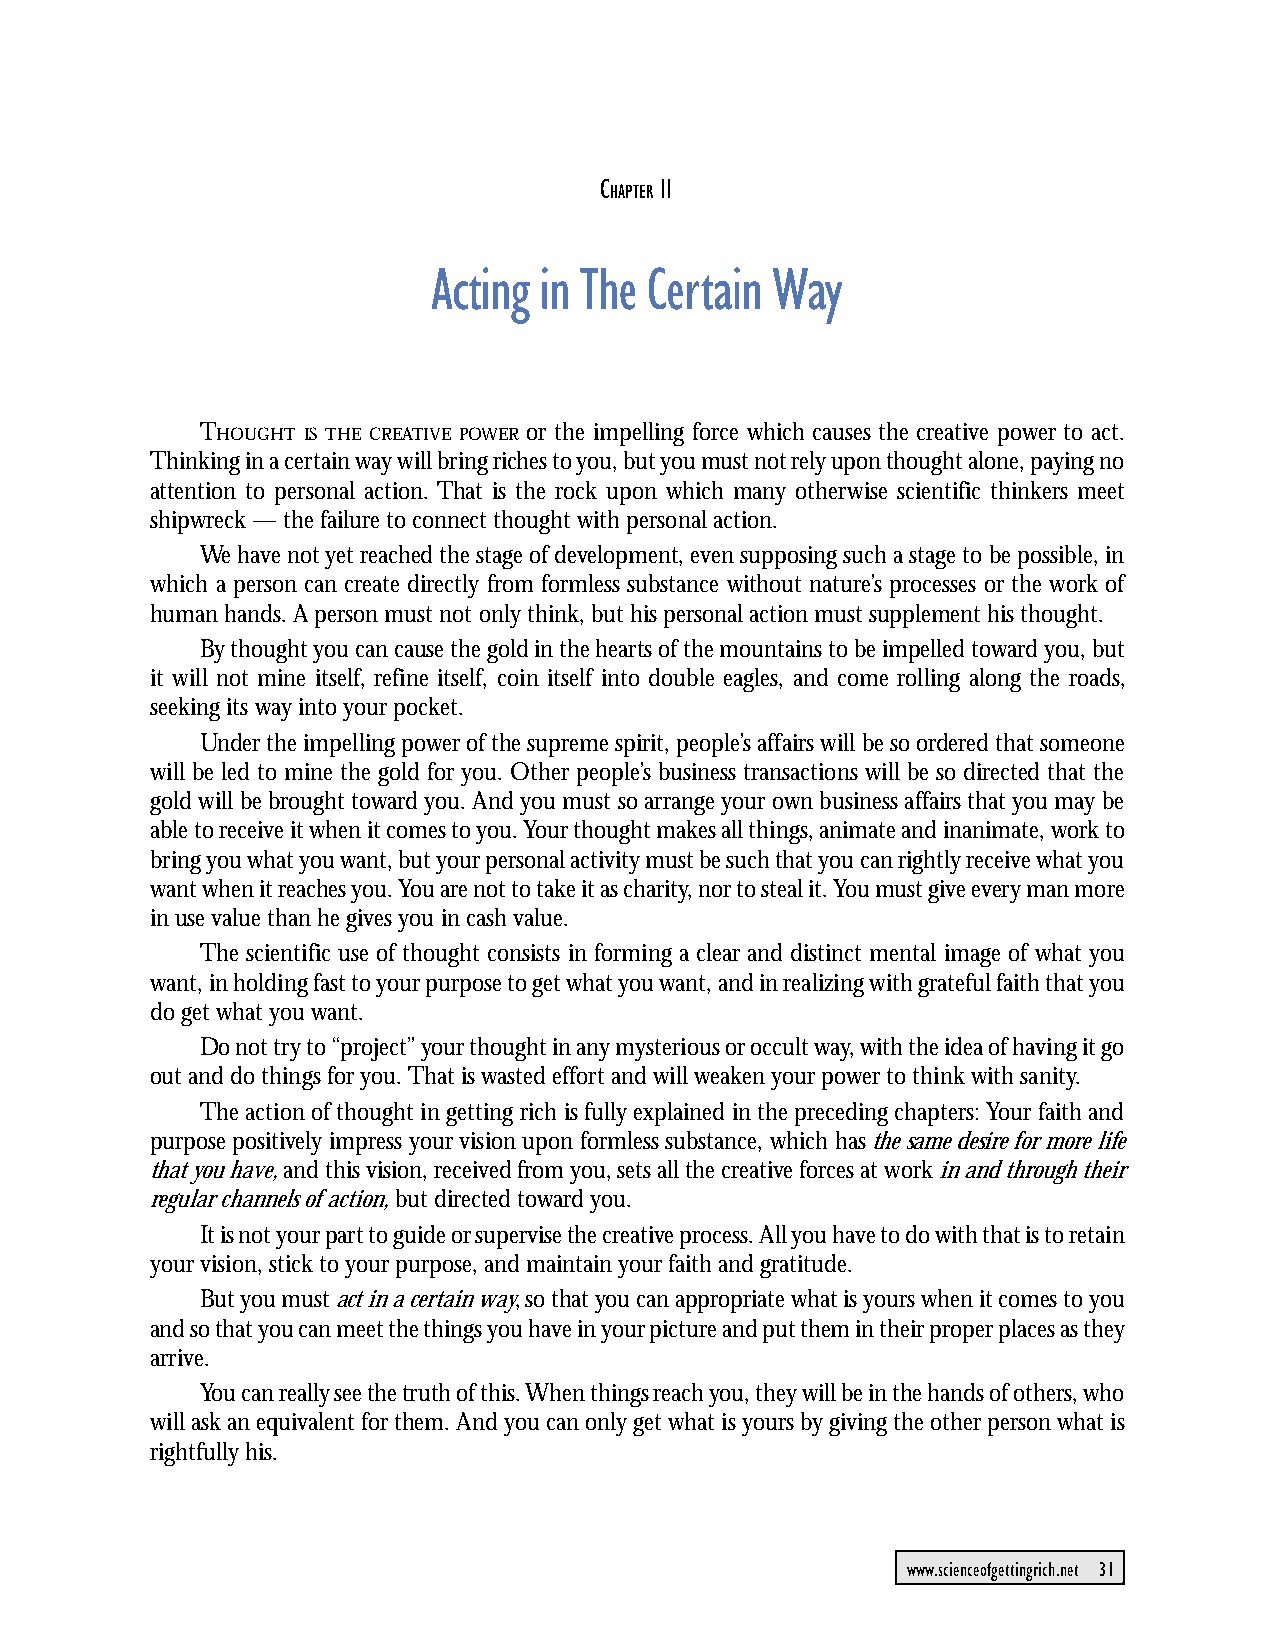
CHAPTER 11: Acting in The Certain Way
 C   11
 HAPTER
 Acting in The Certain Way
 THOUGHT IS THE CREATIVE POWER or the impelling force which causes the creative power to act.
 Thinking in a certain way will bring riches to you, but you must not rely upon thought alone, paying no
 attention to personal action. That is the rock upon which many otherwise scientific thinkers meet
 shipwreck — the failure to connect thought with personal action.
 We have not yet reached the stage of development, even supposing such a stage to be possible, in
 which a person can create directly from formless substance without nature’s processes or the work of
 human hands. A person must not only think, but his personal action must supplement his thought.
 By thought you can cause the gold in the hearts of the mountains to be impelled toward you, but
 it will not mine itself, refine itself, coin itself into double eagles, and come rolling along the roads,
 seeking its way into your pocket.
 Under the impelling power of the supreme spirit, people’s affairs will be so ordered that someone
 will be led to mine the gold for you. Other people’s business transactions will be so directed that the
 gold will be brought toward you. And you must so arrange your own business affairs that you may be
 able to receive it when it comes to you. Your thought makes all things, animate and inanimate, work to
 bring you what you want, but your personal activity must be such that you can rightly receive what you
 want when it reaches you. You are not to take it as charity, nor to steal it. You must give every man more
 in use value than he gives you in cash value.
 The scientific use of thought consists in forming a clear and distinct mental image of what you
 want, in holding fast to your purpose to get what you want, and in realizing with grateful faith that you
 do get what you want.
 Do not try to “project” your thought in any mysterious or occult way, with the idea of having it go
 out and do things for you. That is wasted effort and will weaken your power to think with sanity.
 The action of thought in getting rich is fully explained in the preceding chapters: Your faith and
 purpose positively impress your vision upon formless substance, which has the same desire for more life
 that you have, and this vision, received from you, sets all the creative forces at work in and through their
 regular channels of action, but directed toward you.
 It is not your part to guide or supervise the creative process. All you have to do with that is to retain
 your vision, stick to your purpose, and maintain your faith and gratitude.
 But you must act in a certain way, so that you can appropriate what is yours when it comes to you
 and so that you can meet the things you have in your picture and put them in their proper places as they
 arrive.
 You can really see the truth of this. When things reach you, they will be in the hands of others, who
 will ask an equivalent for them. And you can only get what is yours by giving the other person what is
 rightfully his.
 www.scienceofgettingrich.net 31